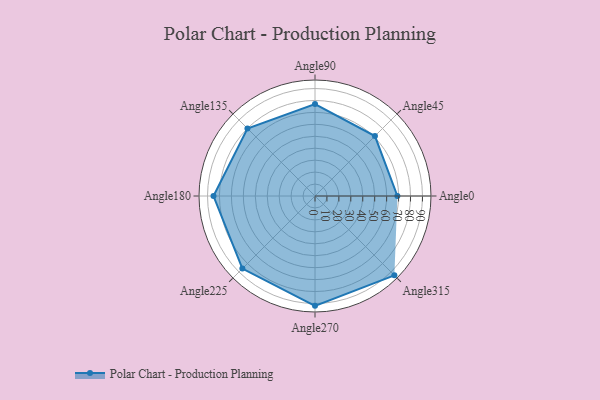
{"axis": {"x": "Angle", "y": "Radius"}, "legend": [""], "data": [{"x": "Angle0", "y": 69.0, "type": ""}, {"x": "Angle45", "y": 71.0, "type": ""}, {"x": "Angle90", "y": 77.0, "type": ""}, {"x": "Angle135", "y": 80.0, "type": ""}, {"x": "Angle180", "y": 85.0, "type": ""}, {"x": "Angle225", "y": 86.0, "type": ""}, {"x": "Angle270", "y": 92.0, "type": ""}, {"x": "Angle315", "y": 94.0, "type": ""}]}